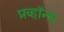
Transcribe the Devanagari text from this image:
प्रव्हॉन्स